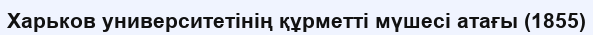
Харьков университетінің құрметті мүшесі атағы (1855)